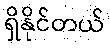
ရှိနိုင်တယ်